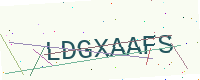
Text: LDGXAAFS